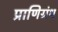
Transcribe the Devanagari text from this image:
प्राणिग्रंथ